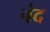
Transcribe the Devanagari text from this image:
बंद